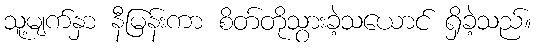
သူ့မျက်နှာ နီမြန်းကာ စိတ်တိုသွားခဲ့သယောင် ရှိခဲ့သည်။